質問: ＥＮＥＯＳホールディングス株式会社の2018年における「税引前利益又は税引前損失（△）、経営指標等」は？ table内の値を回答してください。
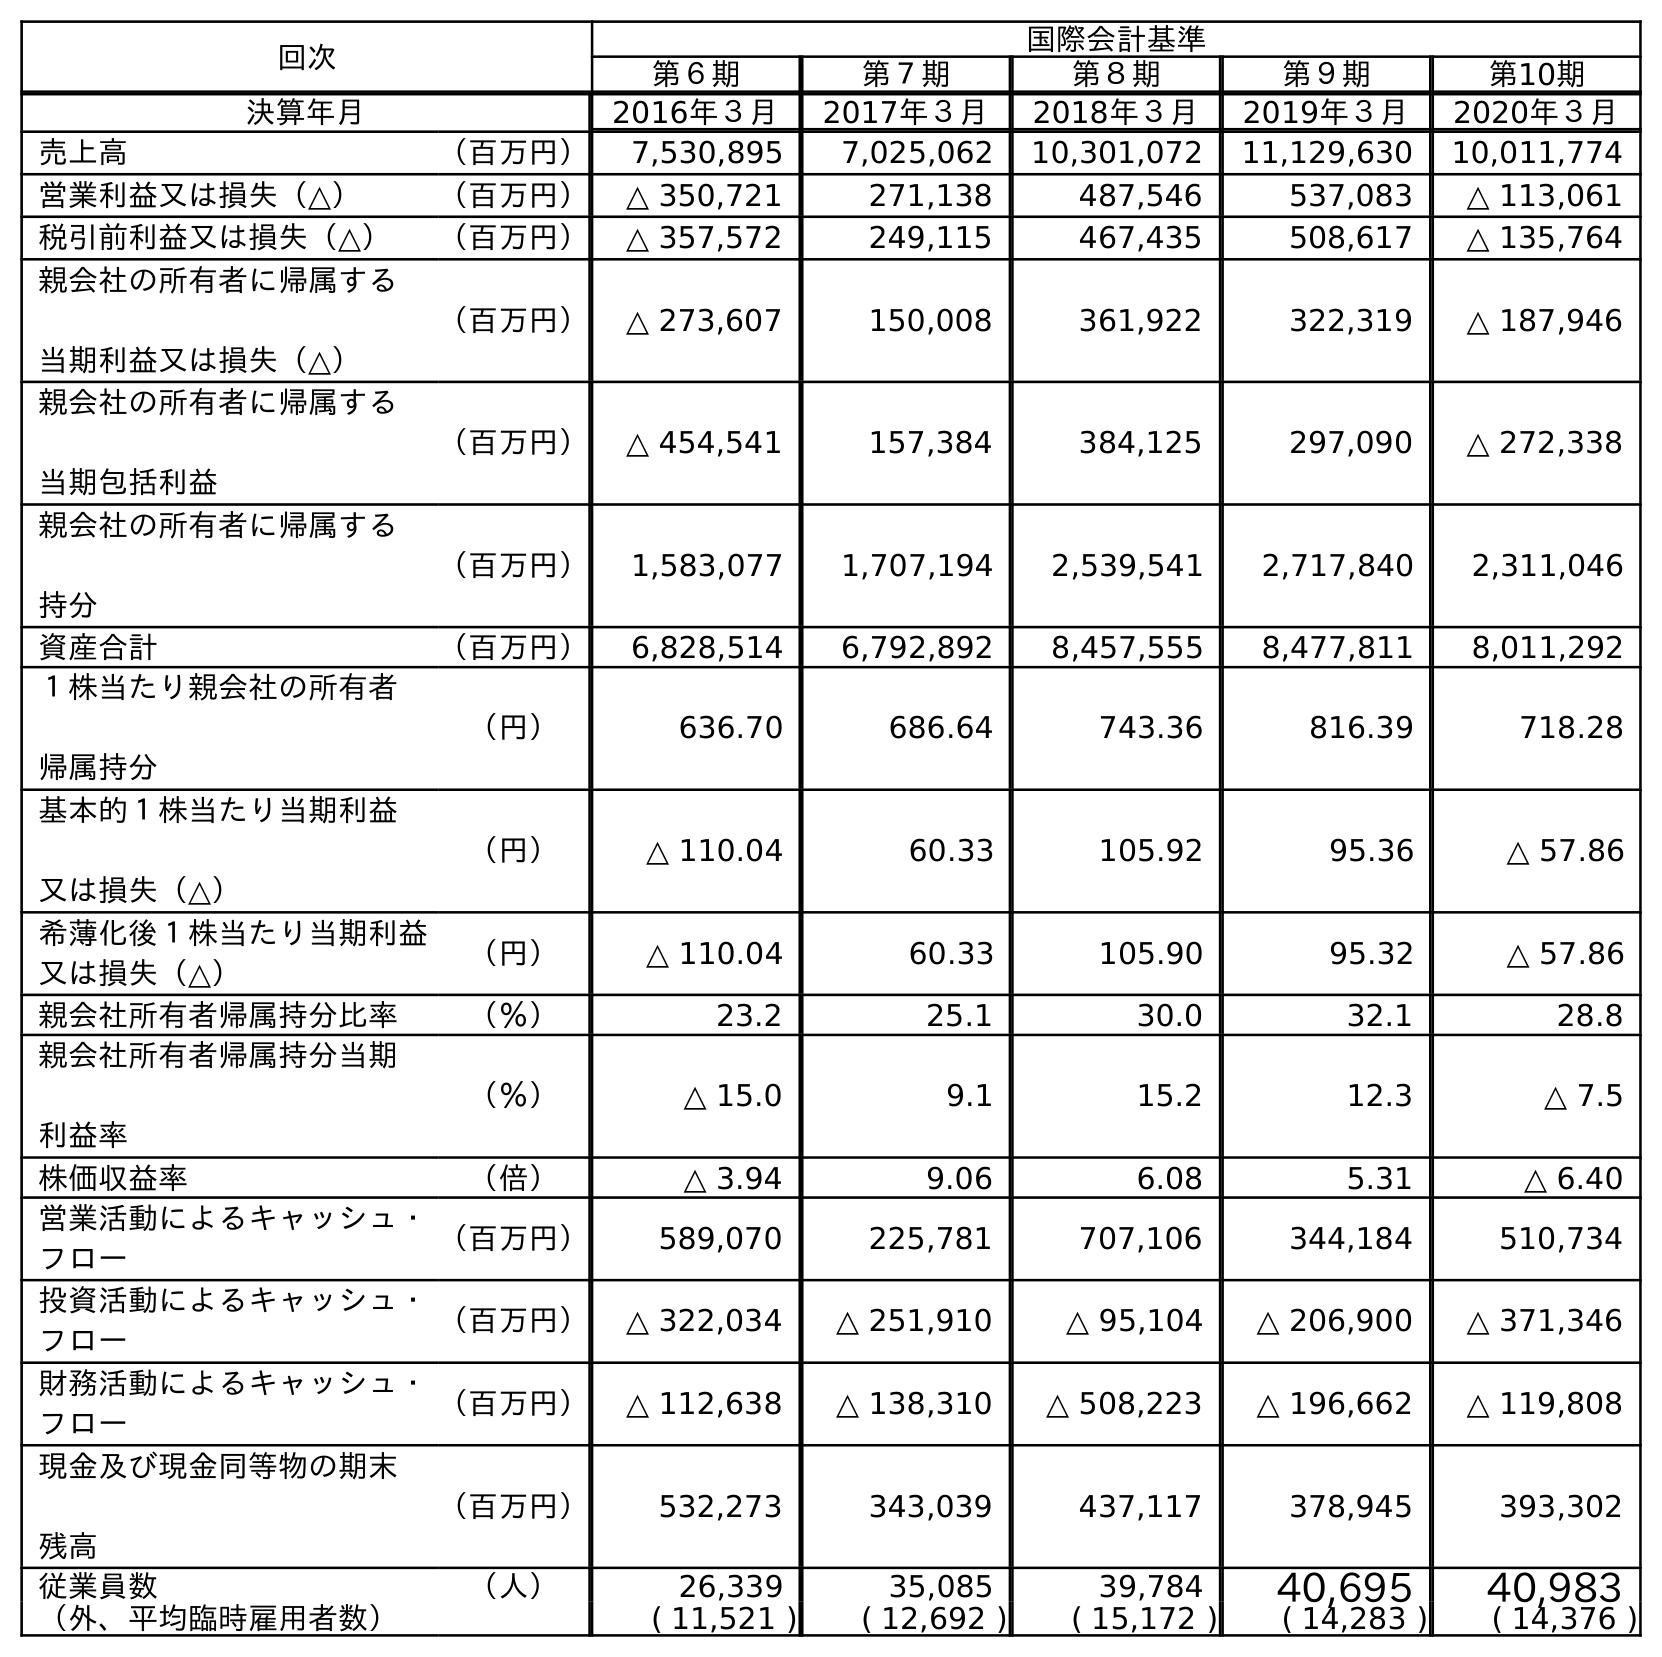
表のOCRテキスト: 回次 国際会計基準 第６期 第７期 第８期 第９期 第10期 決算年月 2016年３月 2017年３月 2018年３月 2019年３月 2020年３月 売上高 （百万円） 7,530,895 7,025,062 10,301,072 11,129,630 10,011,774 営業利益又は損失（△） （百万円） △ 350,721 271,138 487,546 537,083 △ 113,061 税引前利益又は損失（△） （百万円） △ 357,572 249,115 467,435 508,617 △ 135,764 親会社の所有者に帰属する 当期利益又は損失（△） （百万円） △ 273,607 150,008 361,922 322,319 △ 187,946 親会社の所有者に帰属する 当期包括利益 （百万円） △ 454,541 157,384 384,125 297,090 △ 272,338 親会社の所有者に帰属する 持分 （百万円） 1,583,077 1,707,194 2,539,541 2,717,840 2,311,046 資産合計 （百万円） 6,828,514 6,792,892 8,457,555 8,477,811 8,011,292 １株当たり親会社の所有者 帰属持分 （円） 636.70 686.64 743.36 816.39 718.28 基本的１株当たり当期利益 又は損失（△） （円） △ 110.04 60.33 105.92 95.36 △ 57.86 希薄化後１株当たり当期利益 又は損失（△） （円） △ 110.04 60.33 105.90 95.32 △ 57.86 親会社所有者帰属持分比率 （％） 23.2 25.1 30.0 32.1 28.8 親会社所有者帰属持分当期 利益率 （％） △ 15.0 9.1 15.2 12.3 △ 7.5 株価収益率 （倍） △ 3.94 9.06 6.08 5.31 △ 6.40 営業活動によるキャッシュ・ フロー （百万円） 589,070 225,781 707,106 344,184 510,734 投資活動によるキャッシュ・ フロー （百万円） △ 322,034 △ 251,910 △ 95,104 △ 206,900 △ 371,346 財務活動によるキャッシュ・ フロー （百万円） △ 112,638 △ 138,310 △ 508,223 △ 196,662 △ 119,808 現金及び現金同等物の期末 残高 （百万円） 532,273 343,039 437,117 378,945 393,302 従業員数 （人） 26,339 35,085 39,784 40,695 40,983 （外、平均臨時雇用者数） ( 11,521 ) ( 12,692 ) ( 15,172 ) ( 14,283 ) ( 14,376 )
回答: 467,435